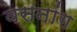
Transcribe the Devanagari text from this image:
वसनांग